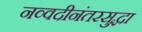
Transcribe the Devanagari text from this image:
नव्वदीनंतरसुद्धा